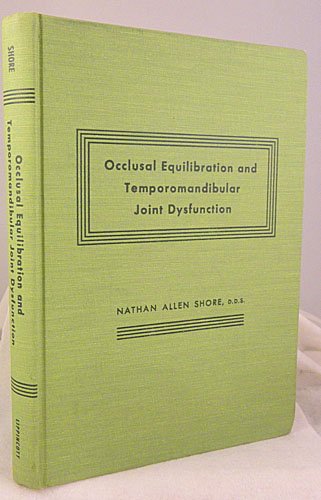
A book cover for Occlusal Equilibration & Temporomandibular Joint Dysfunction; D.D.S. Nathan Allen Shore; Medical Books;